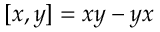
[ x , y ] = x y - y x